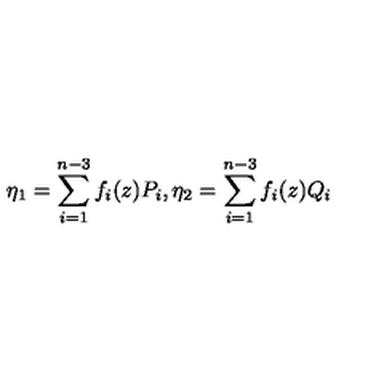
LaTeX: \eta _ { 1 } = \sum _ { i = 1 } ^ { n - 3 } f _ { i } ( z ) P _ { i } , \eta _ { 2 } = \sum _ { i = 1 } ^ { n - 3 } f _ { i } ( z ) Q _ { i }